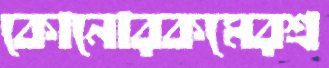
কোনোরকমেরশ্র